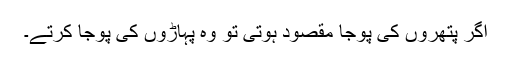
اگر پتھروں کی پوجا مقصود ہوتی تو وہ پہاڑوں کی پوجا کرتے۔